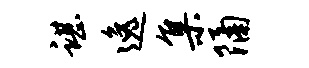
谌逸集隔